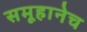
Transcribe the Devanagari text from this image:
समूहानेच